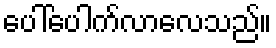
ပေါ်ပေါက်လာလေသည်။